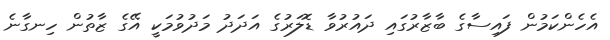
އެހެންކަމުން ފައިސާގެ ބާޒާރުގައި ދައުރުވާ ޑޮލަރުގެ އަދަދު މަދުވުމަކީ އޭގެ ޒާތުން ހިނގާނެ